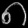
Digit: ၈